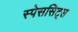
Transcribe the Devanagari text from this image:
स्पेससिट्स